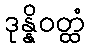
ဒုန္နိဝတ္ထံ